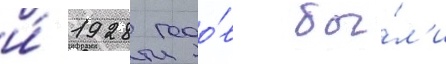
и́ 1928 годо́в бы́л'и